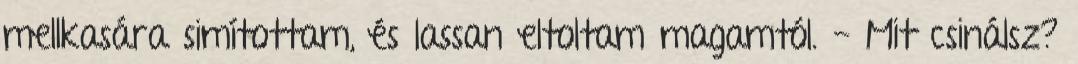
mellkasára simítottam, és lassan eltoltam magamtól. - Mit csinálsz?